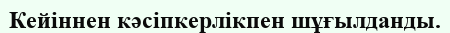
Кейіннен кәсіпкерлікпен шұғылданды.